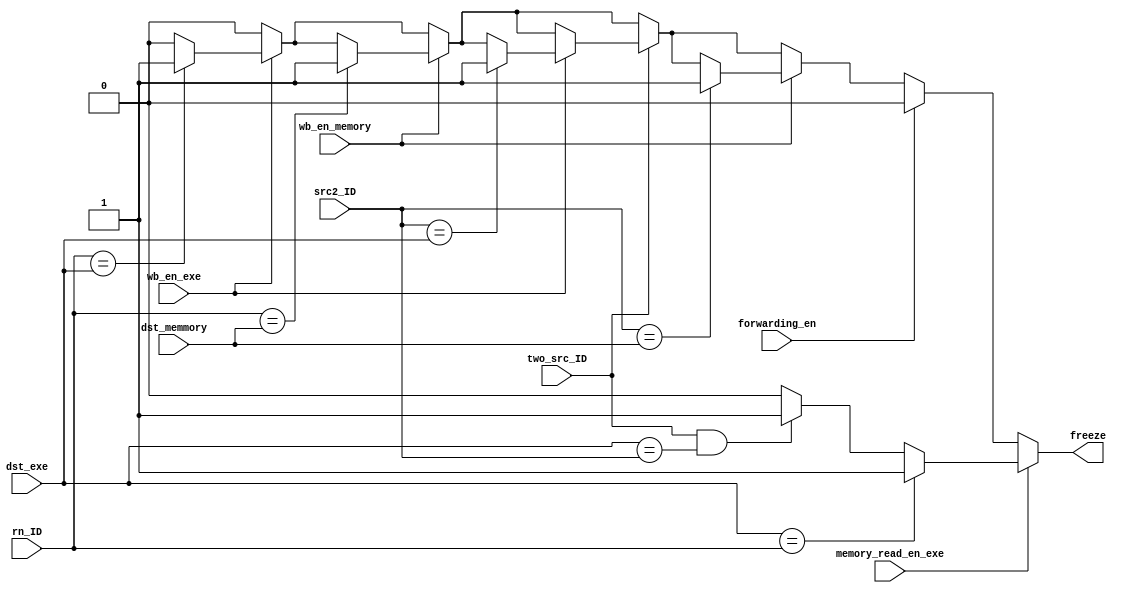

module HazardDetectionUnit(
	input[3:0] rn_ID, 
  input[3:0] src2_ID,
  input[3:0] dst_exe, 
  input[3:0] dst_memmory,
	input two_src_ID,
	input memory_read_en_exe,
	input wb_en_memory,
	input wb_en_exe,
	input forwarding_en,

	output reg freeze
);
	always @(*) begin
		freeze = 1'b0;
		if (memory_read_en_exe == 1'b1)begin
			if (dst_exe == rn_ID)
				freeze = 1'b1;
			
			else if (two_src_ID == 1'b1 && dst_exe==src2_ID) begin
				freeze = 1'b1;
			end
		end
		else if(forwarding_en == 1'b0) begin
			if(wb_en_exe == 1'b1) begin
				if(rn_ID == dst_exe)
					freeze = 1'b1;
			end
			if(wb_en_memory == 1'b1) begin
				if(rn_ID == dst_memmory)
					freeze = 1'b1;
			end
			if(two_src_ID == 1'b1) begin
				if(wb_en_exe == 1'b1) begin
					if(src2_ID == dst_exe)
						freeze = 1'b1;
				end
			end
			if(wb_en_memory == 1'b1) begin
					if(src2_ID == dst_memmory)
						freeze = 1'b1;
			end
	    end
	end
endmodule